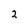
Character: 2